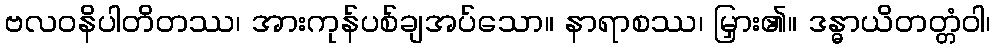
ဗလဝနိပါတိတဿ၊ အားကုန်ပစ်ချအပ်သော။ နာရာစဿ၊ မြှား၏။ ဒန္ဓာယိတတ္တံဝါ၊